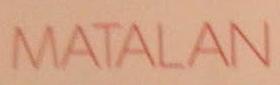
matalan